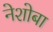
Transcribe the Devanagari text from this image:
नेशोबा